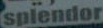
Splendor